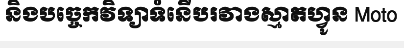
និងបច្ចេកវិទ្យាទំនើបរវាងស្មាតហ្វូន Moto